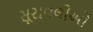
સૂરાવલીઓ